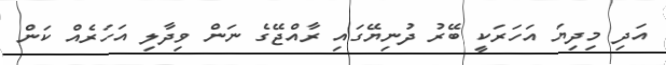
އަދި މިދިޔަ އަހަރަކީ ބޭރު ދުނިޔޭގައި ރާއްޖޭގެ ނަން ވިދާލި އަހަރެއް ކަން